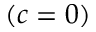
( c = 0 )